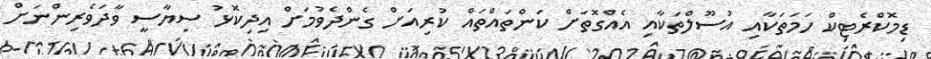
ޑިމޮކްރެޓިކް ހަމަތަކާއި އުސޫލްތަކާއި އެއްގޮތަށް ކަންތައްތައް ކުރިއަށް ގެންދެވުމަށް އިދިކޮޅު ސިޔާސީ ވާދަވެރިންނަށް